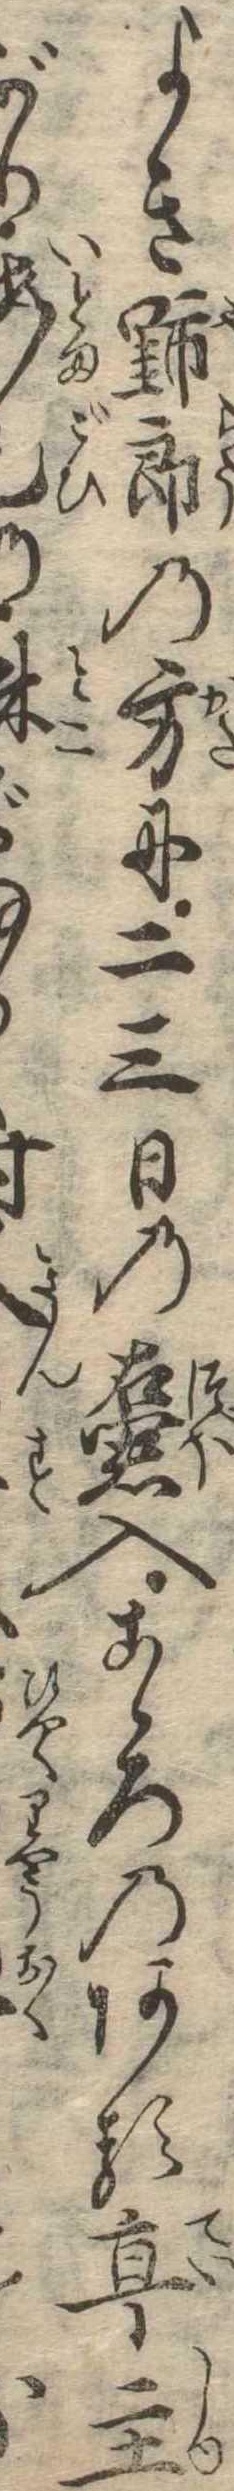
よき野郎の方に二三日の壷入こゝろのある亭主り床